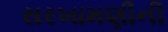
સરખામણીની